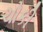
ચોકી